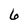
Character: 6